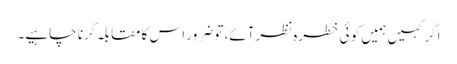
اگر کہیں ہمیں کو ئی خطرہ نظرآئے، تو ضرور اس کا مقابلہ کرنا چاہیے۔